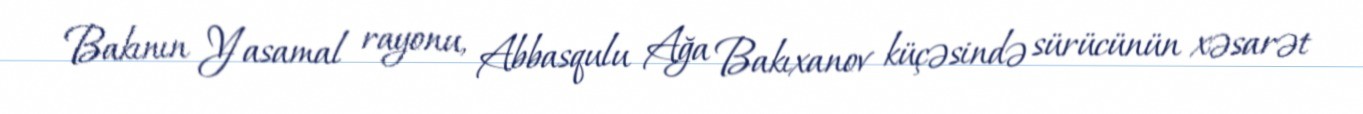
Bakının Yasamal rayonu, Abbasqulu Ağa Bakıxanov küçəsində sürücünün xəsarət